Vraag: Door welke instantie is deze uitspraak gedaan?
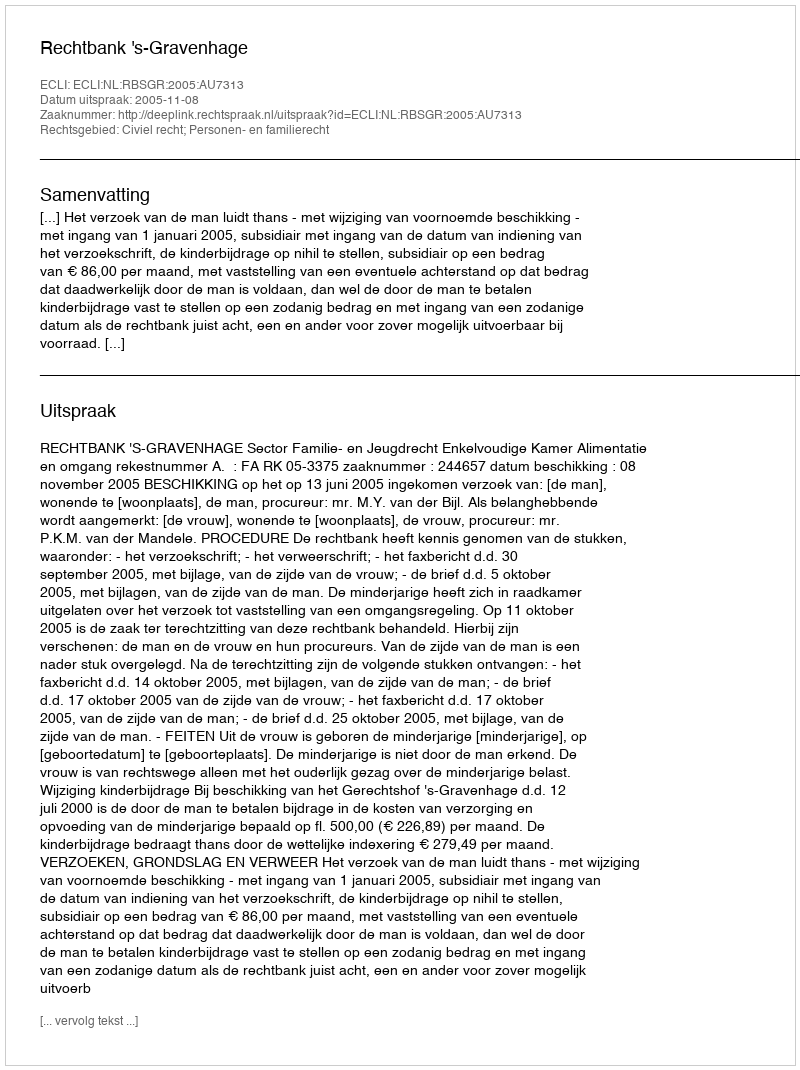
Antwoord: Rechtbank 's-Gravenhage